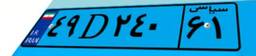
۴۹D۲۴۰۶۱